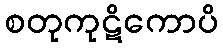
စတုကုဋိကောပိ